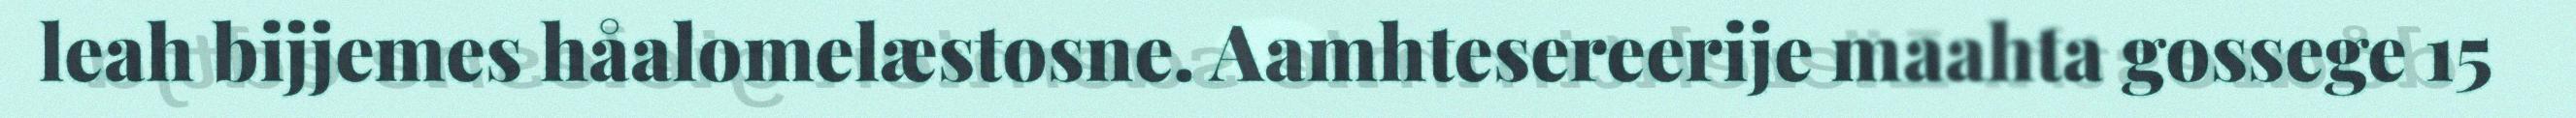
leah bijjemes håalomelæstosne. Aamhtesereerije maahta gossege 15